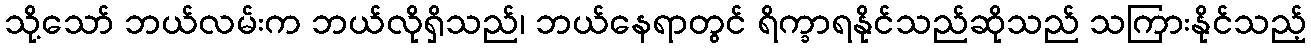
သို့သော် ဘယ်လမ်းက ဘယ်လိုရှိသည်၊ ဘယ်နေရာတွင် ရိက္ခာရနိုင်သည်ဆိုသည် သကြားနိုင်သည့်